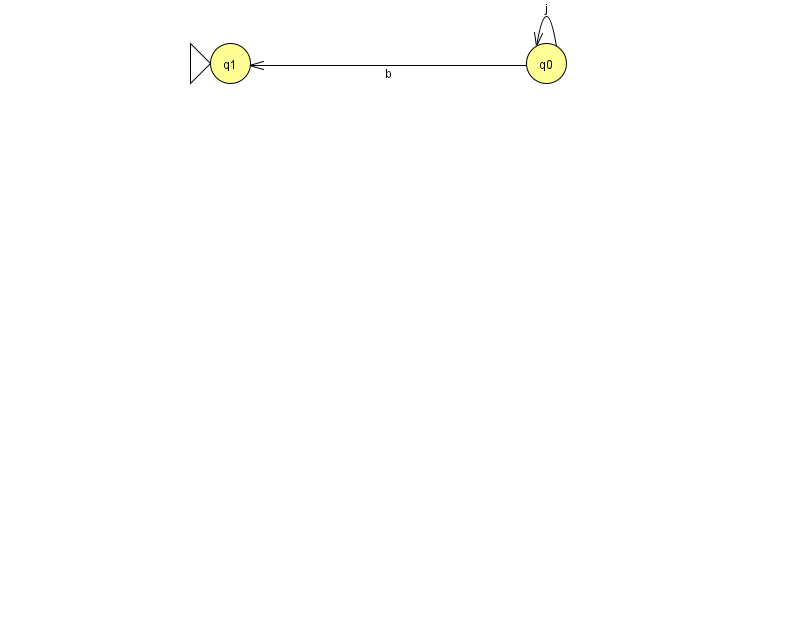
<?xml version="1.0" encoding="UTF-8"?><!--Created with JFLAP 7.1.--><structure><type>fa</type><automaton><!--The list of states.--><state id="0" name="q0"><x>546.0</x><y>50.0</y></state><state id="1" name="q1"><x>230.0</x><y>50.0</y><initial/></state><state id="2" name="q2"><x>966.0</x><y>50.0</y><final/></state><!--The list of transitions.--><transition><from>0</from><to>1</to><read>b</read></transition><transition><from>0</from><to>0</to><read>j</read></transition><transition><from>2</from><to>2</to><read>O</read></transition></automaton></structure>